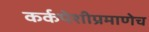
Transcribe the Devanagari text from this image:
कर्कपेशीप्रमाणेच